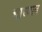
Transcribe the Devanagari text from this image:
चारणान